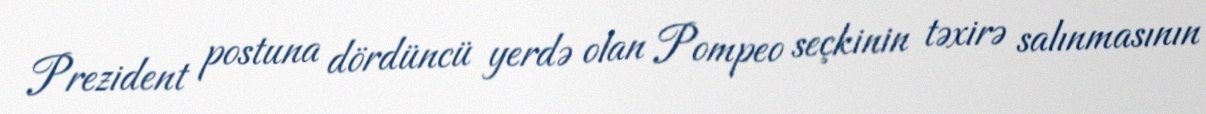
Prezident postuna dördüncü yerdə olan Pompeo seçkinin təxirə salınmasının